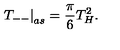
\left. T _ { -- } \right| _ { a s } = \frac { \pi } { 6 } T _ { H } ^ { 2 } .